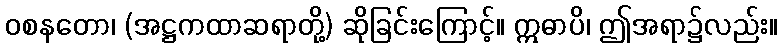
ဝစနတော၊ (အဋ္ဌကထာဆရာတို့) ဆိုခြင်းကြောင့်။ ဣဓာပိ၊ ဤအရာ၌လည်း။